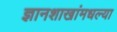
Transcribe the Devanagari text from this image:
ज्ञानशाखांमधल्या